Assam Mental Hospital (Tezpur, India) - 1933-1948
Year: 1933
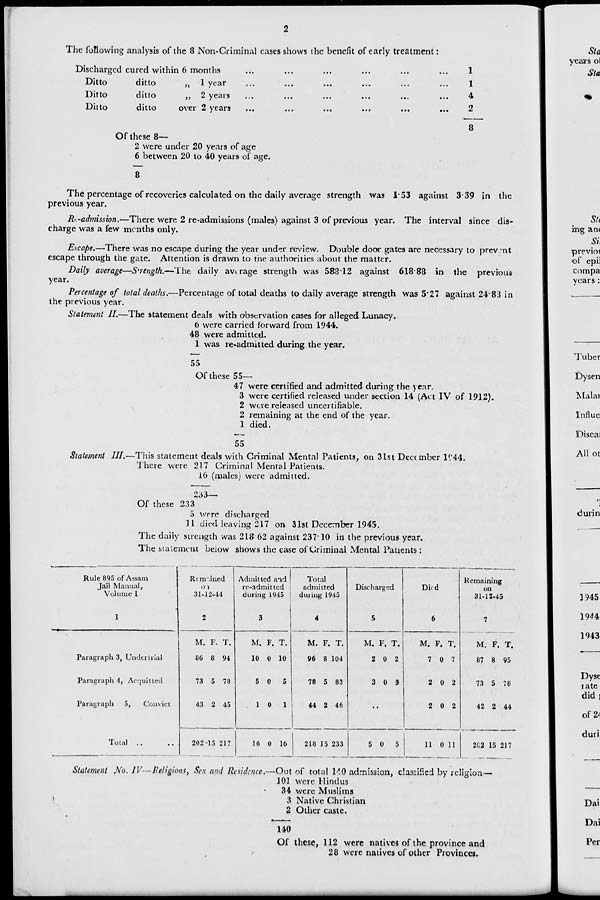
2
The following analysis of the 8 Non-Criminal cases shows the benefit of early treatment :
Discharged cured within 6 months ... ... ... ... ... ...
Ditto
ditto
„ 1 year ... ... ... ... ... ...
Ditto
ditto
„ 2 years ... ... ... ... ... ...
Ditto
ditto
over 2 years ... ... ... ... ... ...
Of these 8—
2 were under 20 years of age
6 between 20 to 40 years of age.
8
1
1
4
2
8
The percentage of recoveries calculated on the daily average strength was 1.53 against 3.39 in the
previous year.
Re-admission.—There were 2 re-admissions (males) against 3 of previous year. The interval since dis-
charge was a few months only.
Escape.—There was no escape during the year under review. Double door gates are necessary to prevent
escape through the gate. Attention is drawn to the authorities about the matter.
Daily average—Strength.—The daily average strength was 588.12 against 618.88 in the previous
year.
Percentage of total deaths.—Percentage of total deaths to daily average strength was 5.27 against 24.83 in
the previous year.
Statement II.—The statement deals with observation cases for alleged Lunacy.
6 were carried forward from 1944.
48 were admitted.
1 was re-admitted during the year.
55
Of these 55—
47 were certified and admitted during the year.
3 were certified released under section 14 (Act IV of 1912).
2 were released uncertifiable.
2 remaining at the end of the year.
1 died.
55
Statement III.—This statement deals with Criminal Mental Patients, on 31st December 1944.
There were 217 Criminal Mental Patients.
16 (males) were admitted.
233—
Of these 233
5 were discharged
11 died leaving 217 on 31st December 1945.
The daily strength was 218.62 against 237.10 in the previous year.
The statement below shows the case of Criminal Mental Patients :
Rule 895 of Assam
Jail Manual,
Volume I
1
Paragraph 3, Undertrial
Paragraph 4, Acquitted
Paragraph
5,
Convict
Total .. ..
Remained
on
31-12-44
2
M.
86
73
43
202
F.
8
5
2
15
T.
94
78
45
217
Admitted and
re-admitted
during 1945
3
M.
10
5
1
16
F.
0
0
0
0
T.
10
5
1
16
Total
admitted
during 1945
4
M.
96
78
44
218
F.
8
5
2
15
T.
104
83
46
233
Discharged
5
M.
2
3
F.
0
0
T.
2
3
..
5 0 5
Died
6
M.
7
2
2
11
F.
0
0
0
0
T.
7
2
2
11
Remaining
on
31-12-45
7
M.
87
73
42
202
F.
8
5
2
15
T.
95
78
44
217
Statement No. IV— Religions, Sex and Residence.—Out of total 140 admission, classified by religion—
101 were Hindus
34 were Muslims
3 Native Christian
2 Other caste.
140
Of these, 112 were natives of the province and
28 were natives of other Provinces.